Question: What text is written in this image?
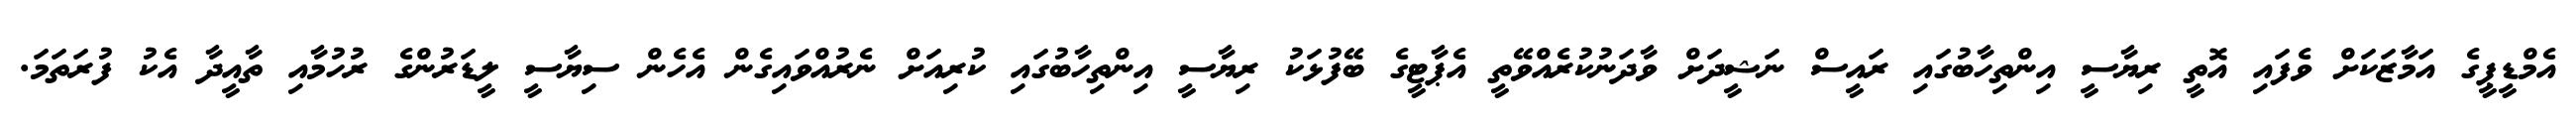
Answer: އެމްޑީޕީގެ އަމާޒަކަށް ވެފައި އޮތީ ރިޔާސީ އިންތިހާބުގައި ރައީސް ނަޝީދަށް ވާދަނުކުރެއްވޭތީ އެޕާޓީގެ ބޭފުޅަކު ރިޔާސީ އިންތިހާބުގައި ކުރިއަށް ނެރުއްވައިގެން އެހެން ސިޔާސީ ލީޑަރުންގެ ރުހުމާއި ތާއީދާ އެކު ފުރަތަމަ.